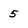
Character: 5